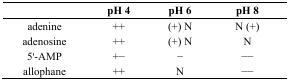
<table><thead><tr><td></td><td><b>pH 4</b></td><td><b>pH 6</b></td><td><b>pH 8</b></td></tr></thead><tbody><tr><td>adenine</td><td>++</td><td>(+) N</td><td>N (+)</td></tr><tr><td>adenosine</td><td>++</td><td>(+) N</td><td>N</td></tr><tr><td>5&#x27;-AMP </td><td>+−</td><td>−</td><td>−−</td></tr><tr><td>allophane</td><td>++</td><td>N</td><td>−−</td></tr></tbody></table>